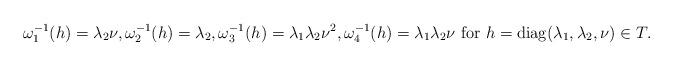
LaTeX: \begin{align*} \omega_1^{-1}(h)=\lambda_2 \nu, \omega_2^{-1}(h)=\lambda_2, \omega_3^{-1}(h)=\lambda_1\lambda_2\nu^2, \omega_4^{-1}(h)=\lambda_1\lambda_2\nu\ \text{for $h=\operatorname{diag}(\lambda_1,\lambda_2,\nu) \in T$.}\end{align*}